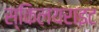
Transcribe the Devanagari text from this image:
स्किलयराइट